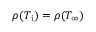
\rho ( T _ { \mathrm { i } } ) = \rho ( T _ { \infty } )